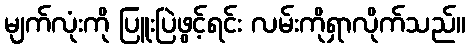
မျက်လုံးကို ပြူးပြဲဖွင့်ရင်း လမ်းကိုရှာလိုက်သည်။